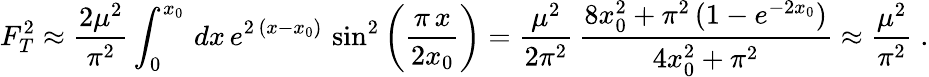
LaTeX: F_{T}^{2}\approx\frac{2\mu^{2}}{\pi^{2}}\int_{0}^{x_{0}}\, dx\, e^{2\, (x-x_{0})}\, \sin^{2}\left(\frac{\pi\, x}{2x_{0}}\right)=\frac{\mu^{2}}{2\pi^{2}}\, \frac{8x_{0}^{2}+\pi^{2}\, (1-e^{-2x_{0}})}{4x_{0}^{2}+\pi^{2}}\approx\frac{\mu^{2}}{\pi^{2}}\; .